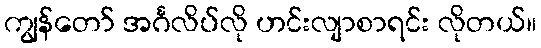
ကျွန်တော် အင်္ဂလိပ်လို ဟင်းလျာစာရင်း လိုတယ်။